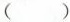
( )